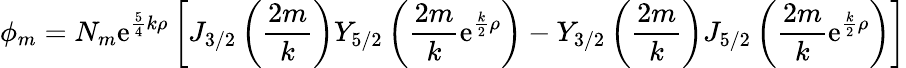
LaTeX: \phi_{m}=N_{m}\mathrm{e}^{{\frac{{5}}{{4}}}k\rho}\left[J_{3/2}\left({\frac{{2m}}{{k}}}\right)Y_{5/2}\left({\frac{{2m}}{{k}}}\mathrm{e}^{{\frac{{k}}{{2}}}\rho}\right)-Y_{3/2}\left({\frac{{2m}}{{k}}}\right)J_{5/2}\left({\frac{{2m}}{{k}}}\mathrm{e}^{{\frac{{k}}{{2}}}\rho}\right)\right]